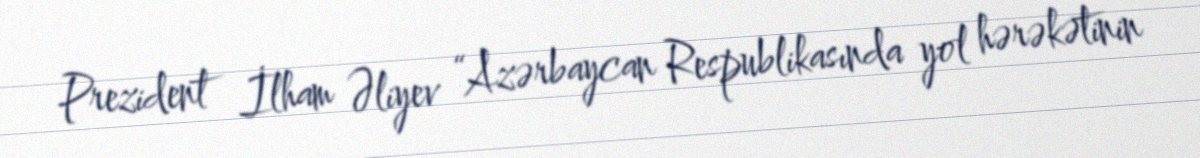
Prezident İlham Əliyev “Azərbaycan Respublikasında yol hərəkətinin